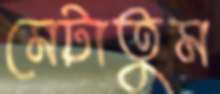
মেটাতুম